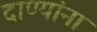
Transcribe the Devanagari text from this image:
दाण्यांना